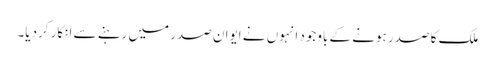
ملک کا صدر ہونے کے باوجود انہوں نے ایوانِ صدر میں رہنے سے انکار کردیا۔